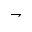
\rightharpoondown